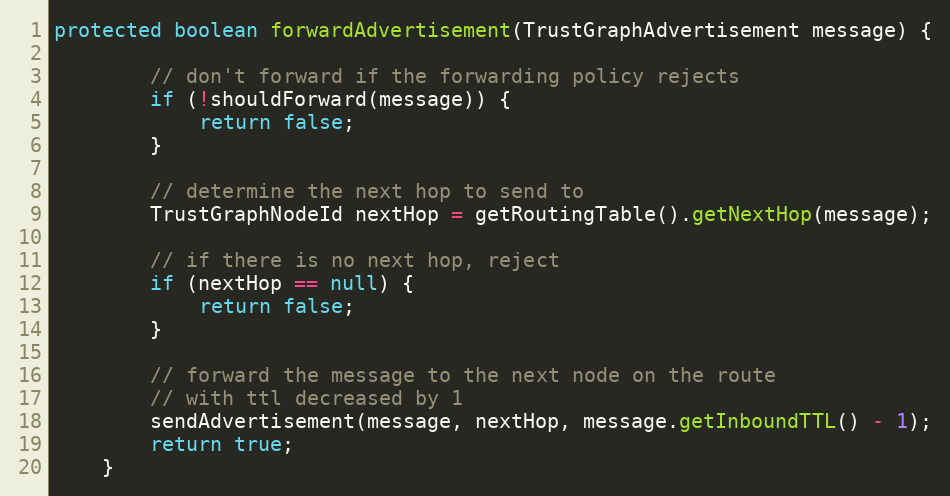
Language: Java
protected boolean forwardAdvertisement(TrustGraphAdvertisement message) {

        // don't forward if the forwarding policy rejects
        if (!shouldForward(message)) {
            return false;
        }

        // determine the next hop to send to
        TrustGraphNodeId nextHop = getRoutingTable().getNextHop(message);

        // if there is no next hop, reject
        if (nextHop == null) {
            return false;
        }

        // forward the message to the next node on the route
        // with ttl decreased by 1
        sendAdvertisement(message, nextHop, message.getInboundTTL() - 1);
        return true;
    }